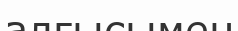
алғысымен